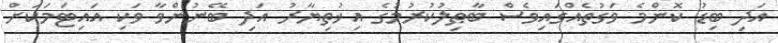
އަދި ބިޑު ކޮންމެ ވަގުތެއްގައިވެސް ބާޠިލުކުރުމުގެ އިޚުތިޔާރު އަދި ބޭނުންވާ ވަކި އައިޓަމަކަށް